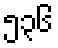
၅၃၆